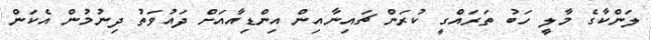
ލަންކާގެ މާލީ ހަބު ތަރައްގީ ކުރަން ޗައިނާއިން އިންޑިއާއަށް ދައުވަތު ދިނުމުން އެކަން